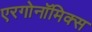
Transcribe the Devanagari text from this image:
एरगोनॉमिक्स